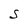
Character: S